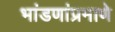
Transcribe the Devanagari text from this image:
भांडणांप्रमाणे